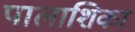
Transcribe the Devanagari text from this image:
पालाशिका